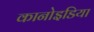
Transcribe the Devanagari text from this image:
कानोइडिया